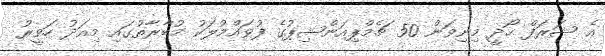
އެ ޝަރަފް ހޯދީ މިނިވަން 50 ޗެމްޕިއަންޝިޕުގެ ފުވައްމުލަކު މުބާރާތުގައި މިއަދު ހަވީރު